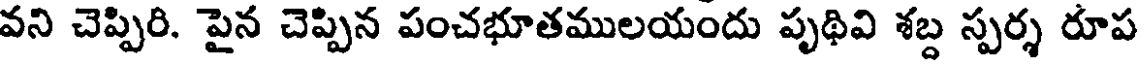
వని చెప్పిరి. పైన చెప్పిన పంచభూతములయందు పృథివి శబ్ద స్పర్శ రూప